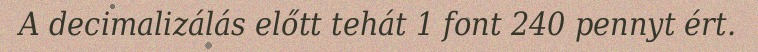
A decimalizálás előtt tehát 1 font 240 pennyt ért.